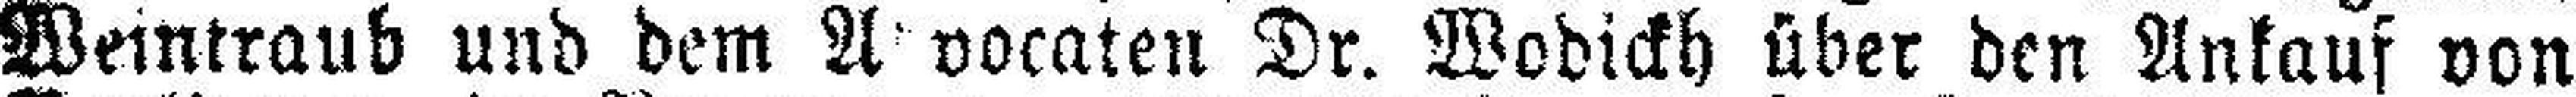
Weintraub und dem Advocaten Dr. Wodickh über den Ankauf von